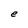
Character: e